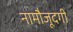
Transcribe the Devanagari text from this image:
नामौजूदगी